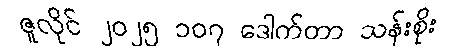
ဇူလိုင် ၂၀၂၅ ၁၀၇ ဒေါက်တာ သန်းစိုး